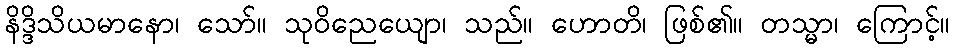
နိဒ္ဒိသိယမာနော၊ သော်။ သုဝိညေယျော၊ သည်။ ဟောတိ၊ ဖြစ်၏။ တသ္မာ၊ ကြောင့်။